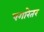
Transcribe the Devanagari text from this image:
पगारेतर